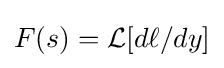
F(s)={\mathcal {L}}{\left[{d\ell }/{dy}\right]}